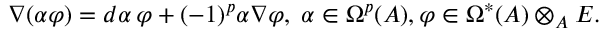
\nabla ( \alpha \varphi ) = d \alpha \, \varphi + ( - 1 ) ^ { p } \alpha \nabla \varphi , \; \alpha \in \Omega ^ { p } ( A ) , \varphi \in \Omega ^ { * } ( A ) \otimes _ { A } E .